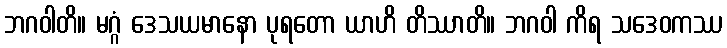
ဘဂဝါတိ။ မဂ္ဂံ ဒေသယမာနော ပုရတော ယာဟိ တိဿာတိ။ ဘဂဝါ ကိရ သဒေဝကဿ